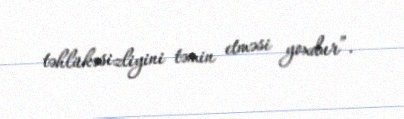
təhlükəsizliyini təmin etməsi yoxdur”.